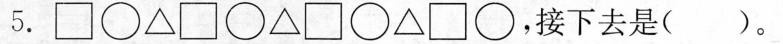
5. \Box \bigcirc \bigtriangleup \Box \bigcirc \bigtriangleup \Box \bigcirc \bigtriangleup ，接下去是()。